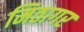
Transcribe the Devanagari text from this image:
मिठागर